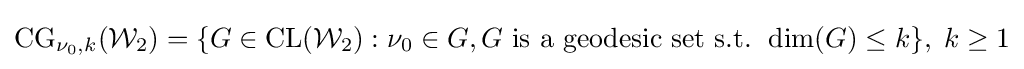
\operatorname {CG} _{\nu _{0},k}({\mathcal {W}}_{2})=\{G\in \operatorname {CL} ({\mathcal {W}}_{2}):\nu _{0}\in G,G{\text{ is a geodesic set s.t. }}\operatorname {dim} (G)\leq k\},\;k\geq 1